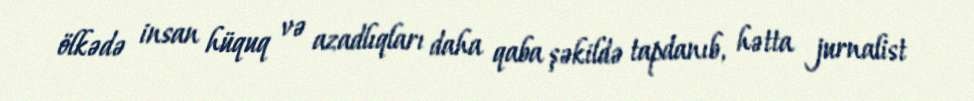
ölkədə insan hüquq və azadlıqları daha qaba şəkildə tapdanıb, hətta jurnalist